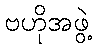
ဗဟိုအဖွဲ့